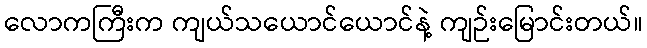
လောကကြီးက ကျယ်သယောင်ယောင်နဲ့ ကျဉ်းမြောင်းတယ်။